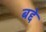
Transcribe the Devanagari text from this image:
बद्दे